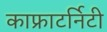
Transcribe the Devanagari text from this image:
काफ्राटर्निटी